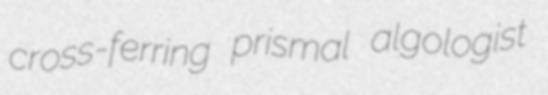
cross-ferring prismal algologist